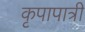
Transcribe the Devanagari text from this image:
कृपापात्री